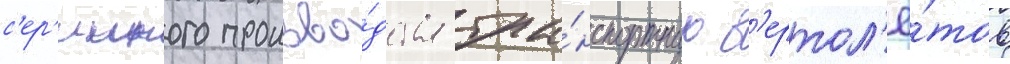
с'ер'ииного произво́дства тра́нспортных в'ертол'ё́тов